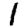
Digit: 1